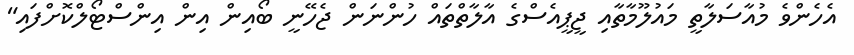
އެހެންވެ މުއާސަލާތީ މައުލޫމާތާއި ޖީޕީއެސްގެ އާލާތްތައް ހުންނަން ޖެހޭނީ ބޯއިން އިން އިންސްޓޯލްކޮށްފައި"